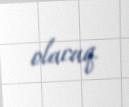
olacaq.